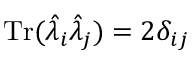
\mathrm { T r } ( \hat { \lambda } _ { i } \hat { \lambda } _ { j } ) = 2 \delta _ { i j }